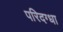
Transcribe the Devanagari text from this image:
परिदग्धा